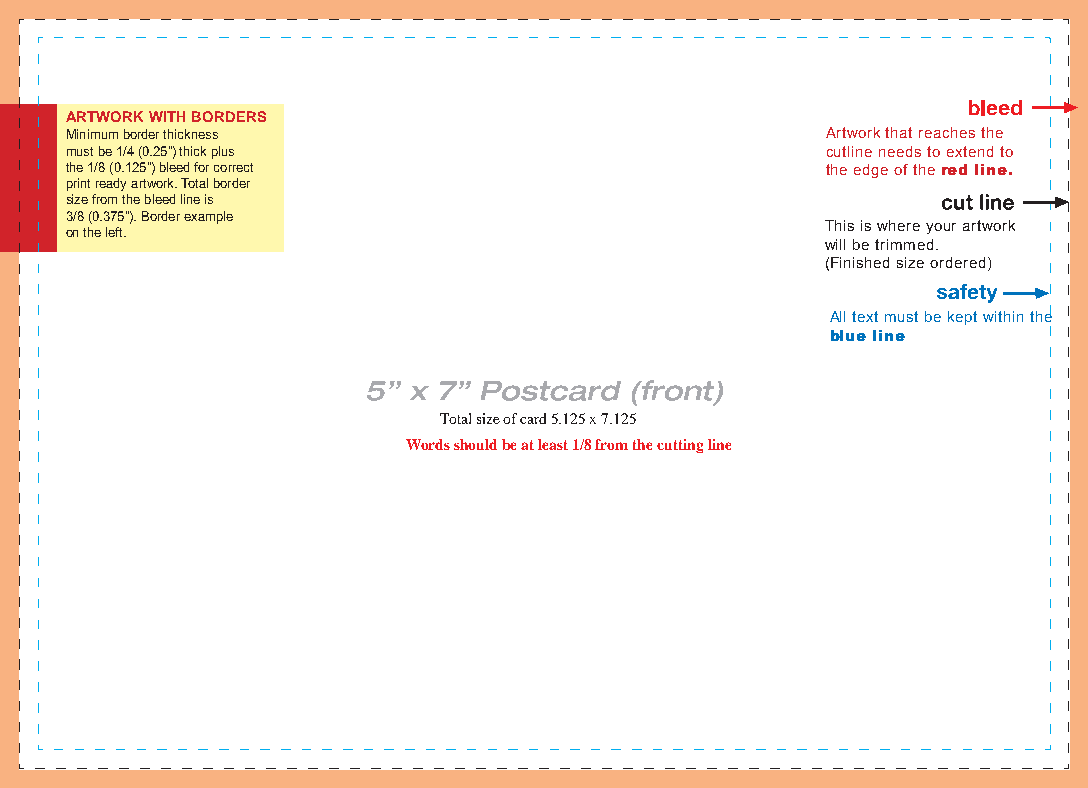
ARTWORK WITH BORDERS
 Minimum border thickness                           Artwork that reaches the
 must be 1/4 (0.25”) thick plus                     cutline needs to extend to
 the 1/8 (0.125”) bleed for correct                 the edge of the red line.
 print ready artwork. Total border
 size from the bleed line is
 3/8 (0.375”). Border example
 This is where your artwork
 on the left.
 will be trimmed.
 (Finished size ordered)
 All text must be kept within the
 blue line
 Total size of card 5.125 x 7.125
 Words should be at least 1/8 from the cutting line